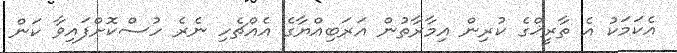
އެކަމަކު އެ ތާރީޚްގެ ކުރިން އިމާރާތުން އަރަބިއްޔާގެ އެއްޗެހި ނެރެ ހުސްކޮށްފައިވާ ކަން